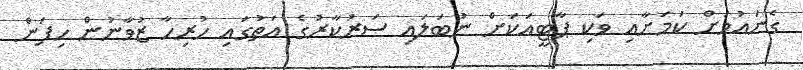
ގެނައުމަށް ކަމަށާއި ވަކި ޕާޓީއަކަށް ނުބަލައި ސަރުކާރުގެ އަތުގައި ހުރިހާ ޒުވާނުން ހިފަން